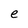
Character: e